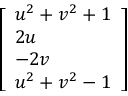
\left[ \begin{array} { l } { u ^ { 2 } + v ^ { 2 } + 1 } \\ { 2 u } \\ { - 2 v } \\ { u ^ { 2 } + v ^ { 2 } - 1 } \end{array} \right]